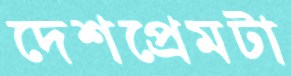
দেশপ্রেমটা